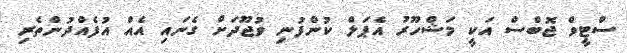
ސްޓީވް ޖޮބްސް އަކީ މަޝްހޫރު އެޕަލް ކުންފުނި ވުޖޫދަށް ގެނައި އެއް އުފެއްދުންތެރި